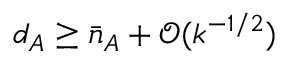
d _ { A } \geq \bar { n } _ { A } + \mathcal { O } ( k ^ { - 1 / 2 } )